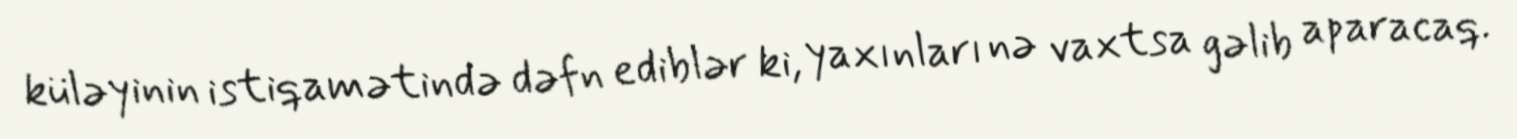
küləyinin istiqamətində dəfn ediblər ki, yaxınları nə vaxtsa gəlib aparacaq.